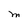
Character: M